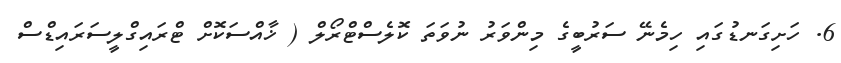
6. ހަށިގަނޑުގައި ހިމެނޭ ސަރުބީގެ މިންވަރު ނުވަތަ ކޮލެސްޓްރޯލް ( ޚާއްސަކޮށް ޓްރައިގްލީސަރައިޑްސް